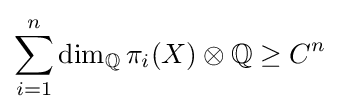
\sum _{i=1}^{n}\dim _{\mathbb {Q} }\pi _{i}(X)\otimes {\mathbb {Q} }\geq C^{n}